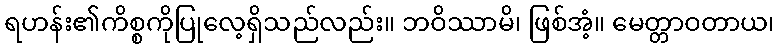
ရဟန်း၏ကိစ္စကိုပြုလေ့ရှိသည်လည်း။ ဘဝိဿာမိ၊ ဖြစ်အံ့။ မေတ္တာဝတာယ၊